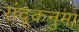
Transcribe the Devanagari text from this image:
संदूकनुमा